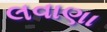
લવાણા